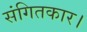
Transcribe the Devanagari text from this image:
संगितकार।